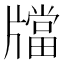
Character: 𤗾